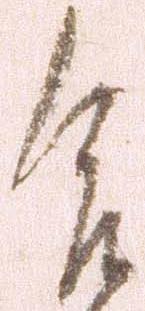
合